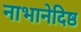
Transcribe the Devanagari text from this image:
नाभानेदिष्ठ